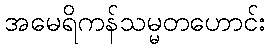
အမေရိကန်သမ္မတဟောင်း